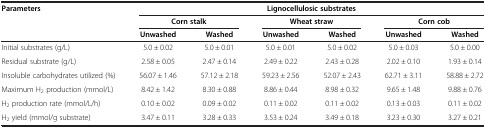
| <ROWSPAN=3> Parameters | <COLSPAN=6> Lignocellulosic substrates |
 | <COLSPAN=2> Corn stalk | <COLSPAN=2> Wheat straw | <COLSPAN=2> Corn cob |
 | Unwashed | Washed | Unwashed | Washed | Unwashed | Washed |
 | --- | --- | --- | --- | --- | --- | --- |
 | Initial substrates (g/L) | 5.0 ± 0.02 | 5.0 ± 0.01 | 5.0 ± 0.01 | 5.0 ± 0.02 | 5.0 ± 0.03 | 5.0 ± 0.00 |
 | Residual substrate (g/L) | 2.58 ± 0.05 | 2.47 ± 0.14 | 2.49 ± 0.22 | 2.43 ± 0.28 | 2.02 ± 0.10 | 1.93 ± 0.14 |
 | Insoluble carbohydrates utilized (%) | 56.07 ± 1.46 | 57.12 ± 2.18 | 59.23 ± 2.56 | 52.07 ± 2.43 | 62.71 ± 3.11 | 58.88 ± 2.72 |
 | Maximum H2 production (mmol/L) | 8.42 ± 1.42 | 8.30 ± 0.88 | 8.86 ± 0.44 | 8.98 ± 0.32 | 9.65 ± 1.48 | 9.88 ± 0.76 |
 | H2 production rate (mmol/L/h) | 0.10 ± 0.02 | 0.09 ± 0.02 | 0.11 ± 0.02 | 0.11 ± 0.02 | 0.13 ± 0.03 | 0.11 ± 0.02 |
 | H2 yield (mmol/g substrate) | 3.47 ± 0.11 | 3.28 ± 0.33 | 3.53 ± 0.24 | 3.49 ± 0.18 | 3.23 ± 0.30 | 3.27 ± 0.21 |